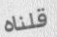
قلناه